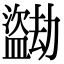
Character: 𬐼